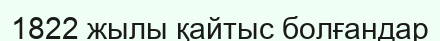
1822 жылы қайтыс болғандар